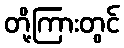
တို့ကြားတွင်